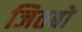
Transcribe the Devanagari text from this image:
जितबो